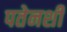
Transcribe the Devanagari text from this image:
पतेनशी